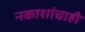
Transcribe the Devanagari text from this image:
नकाशांचाही